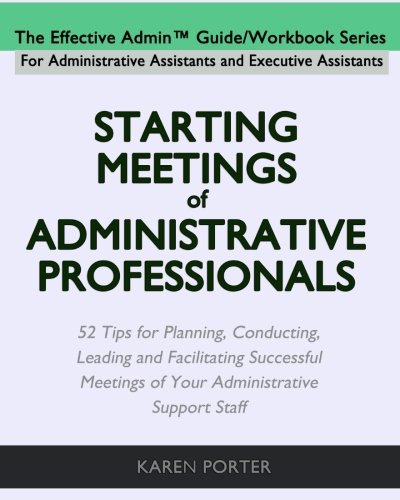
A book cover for Starting Meetings of Administrative Professionals: 52 Tips for Planning, Conducting, Leading and Facilitating Successful Meetings of Your Administrative Support Staff; Karen Porter; Business & Money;